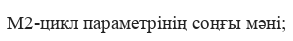
М2-цикл параметрінің соңғы мәні;